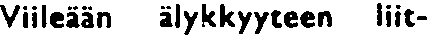
Viileään älykkyyteen liit-